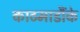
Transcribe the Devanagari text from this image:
काठमाडौंके